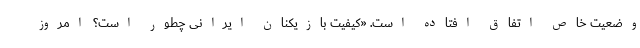
وضعیت خاص اتفاق افتاده است. «کیفیت بازیکنان ایرانی چطور است؟ امروز